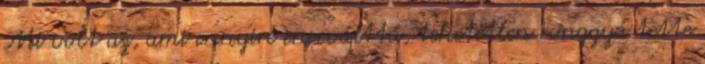
Mi volt az, ami ennyire enerválttá, tehetetlen ronggyá tette